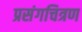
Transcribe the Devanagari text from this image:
प्रसंगचित्रण